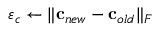
\varepsilon _ { c } \gets \lVert { \bf c } _ { n e w } - { \bf c } _ { o l d } \rVert _ { F }